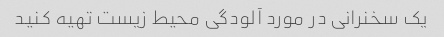
یک سخنرانی در مورد آلودگی محیط زیست تهیه کنید